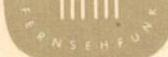
FERNSEHFUNK